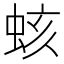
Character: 𧊏